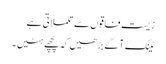
زیست فاقوں سے تلملاتی ہے
ٹینک آگے بڑھیں کہ پچھے ہٹیں ۔